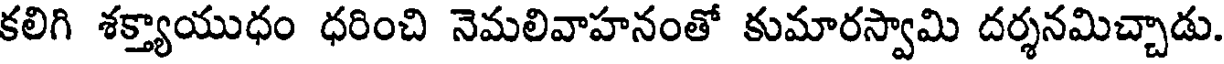
కలిగి శక్త్యాయుధం ధరించి నెమలివాహనంతో కుమారస్వామి దర్శనమిచ్చాడు.